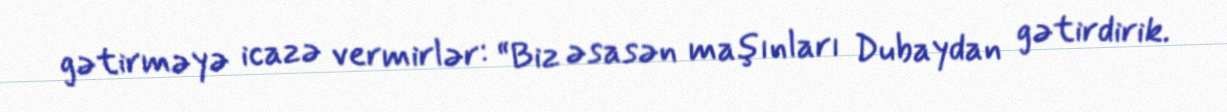
gətirməyə icazə vermirlər: “Biz əsasən maşınları Dubaydan gətirdirik.